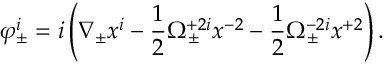
\varphi _ { \pm } ^ { i } = i \left( \nabla _ { \pm } x ^ { i } - \frac 1 2 \Omega _ { \pm } ^ { + 2 i } x ^ { - 2 } - \frac 1 2 \Omega _ { \pm } ^ { - 2 i } x ^ { + 2 } \right) .